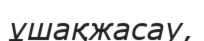
ұшақжасау,